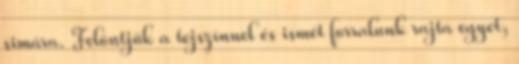
simára. Felöntjük a tejszínnel és ismét forralunk rajta egyet,